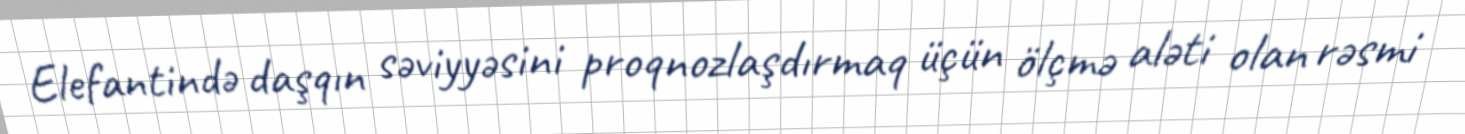
Elefantində daşqın səviyyəsini proqnozlaşdırmaq üçün ölçmə aləti olan rəsmi